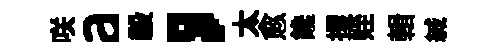
咲a毅，太愈饞攫姪輯緘